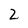
Character: 2